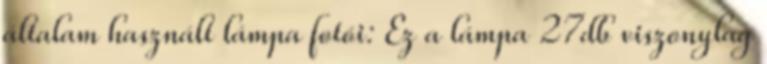
általam használt lámpa fotói: Ez a lámpa 27db viszonylag